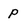
Character: p